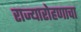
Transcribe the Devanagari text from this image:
राज्यारोहणाचा